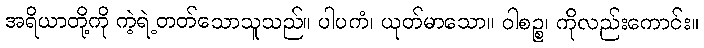
အရိယာတို့ကို ကဲ့ရဲ့တတ်သောသူသည်။ ပါပကံ၊ ယုတ်မာသော။ ဝါစဉ္စ၊ ကိုလည်းကောင်း။